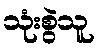
သုံးစွဲသူ